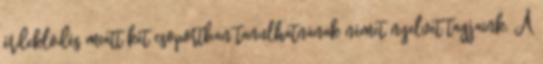
érdeklodés miatt két csoportban tanulhatnának német nyelvet tagjaink. A